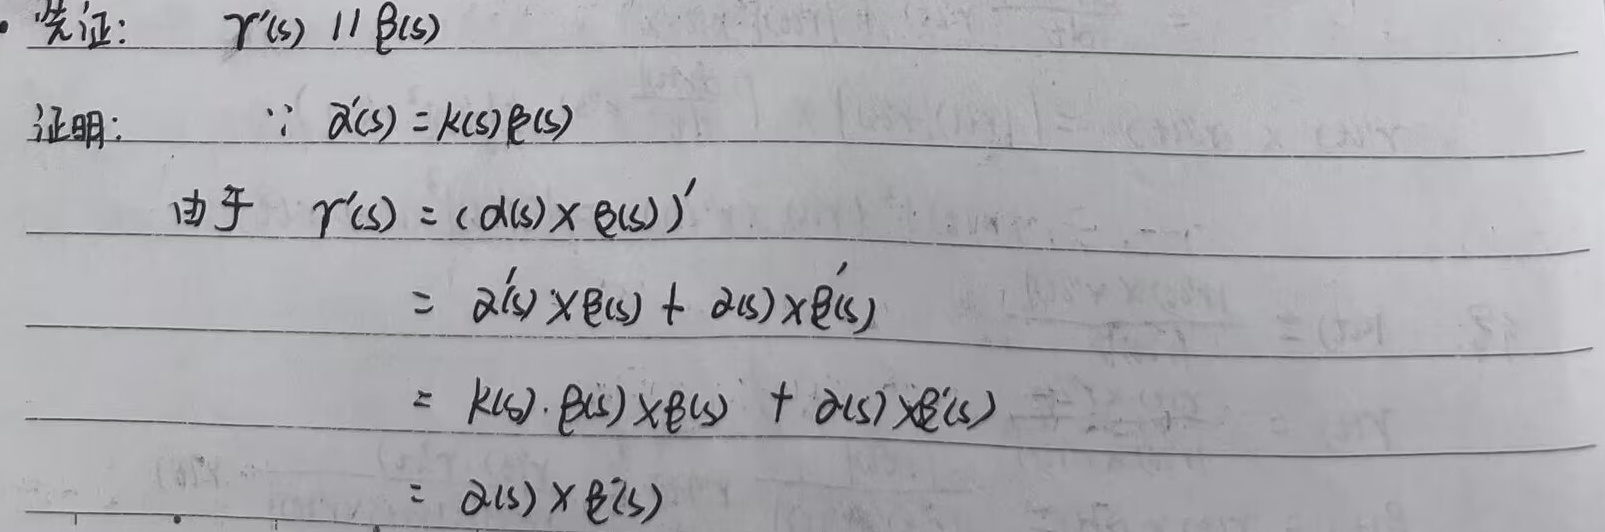
- 先证：\(\gamma'(s)\parallel\beta(s)\)。
证明：\(\because\alpha'(s) = k(s)\beta(s)\)，由于 \(\gamma'(s)=(\alpha(s)\times\beta(s))'\)
\[
\begin{align*}
&=\alpha'(s)\times\beta(s)+\alpha(s)\times\beta'(s)\\
&=k(s)\cdot\beta(s)\times\beta(s)+\alpha(s)\times\beta'(s)\\
&=\alpha(s)\times\beta'(s)
\end{align*}
\]